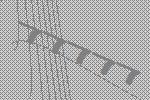
77777